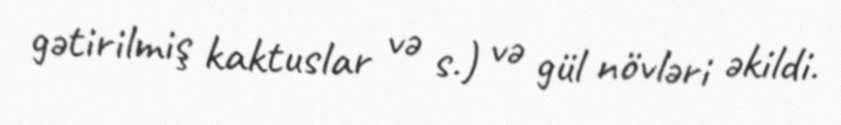
gətirilmiş kaktuslar və s.) və gül növləri əkildi.